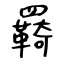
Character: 羇